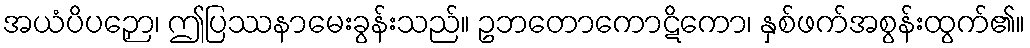
အယံပိပဉှော၊ ဤပြဿနာမေးခွန်းသည်။ ဥဘတောကောဋိကော၊ နှစ်ဖက်အစွန်းထွက်၏။